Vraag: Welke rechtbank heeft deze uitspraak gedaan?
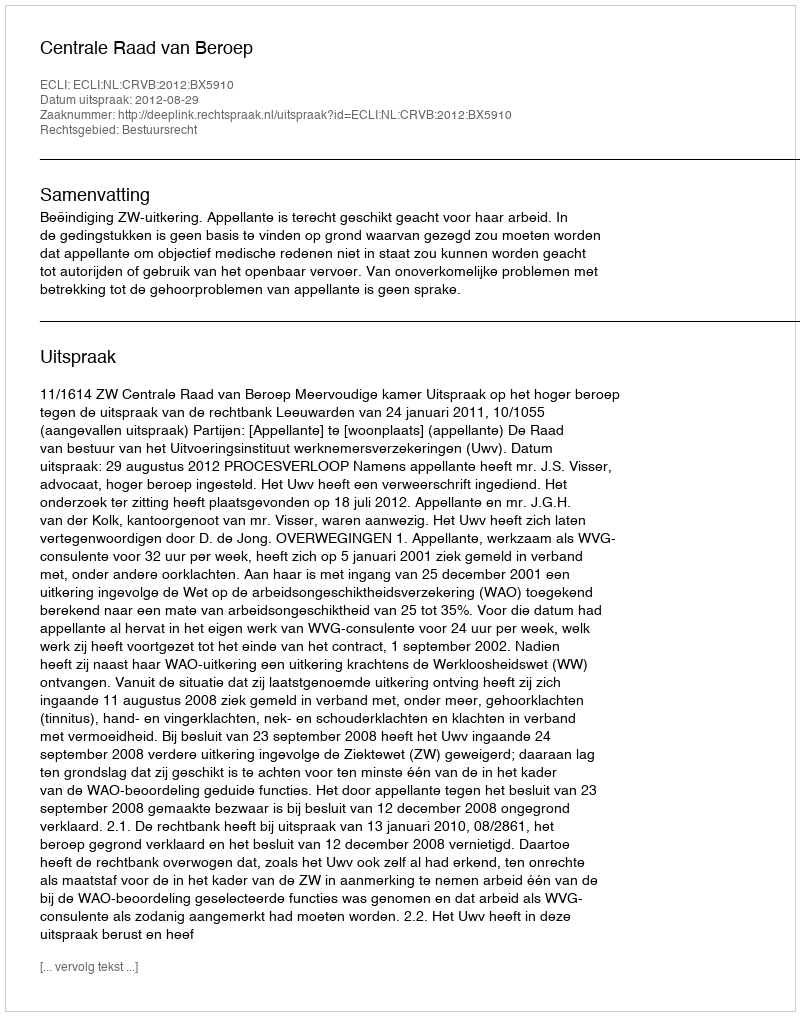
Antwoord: Centrale Raad van Beroep